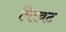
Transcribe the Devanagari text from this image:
मिरवट